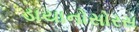
ડાયાનોસોરસ